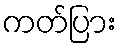
ကတ်ပြား